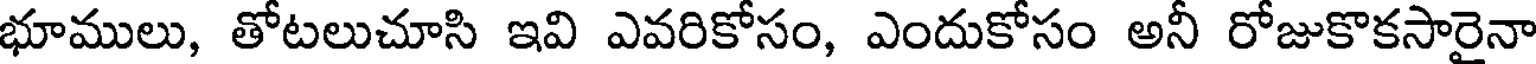
భూములు, తోటలుచూసి ఇవి ఎవరికోసం, ఎందుకోసం అనీ రోజుకొకసారైనా